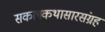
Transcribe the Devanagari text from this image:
सकलकथासारसंग्रह